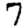
Digit: 7